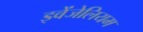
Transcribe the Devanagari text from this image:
इवेंजेलियम